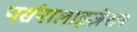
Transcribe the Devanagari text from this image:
पर्सनालाइज़ेशन